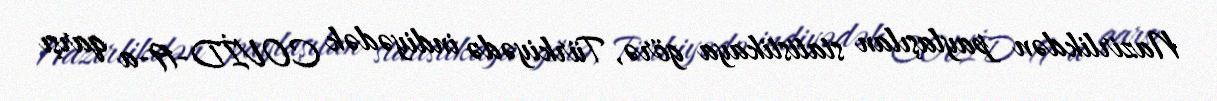
Nazirlikdən paylaşılan statistikaya görə, Türkiyədə indiyədək COVİD-19-a qarşı